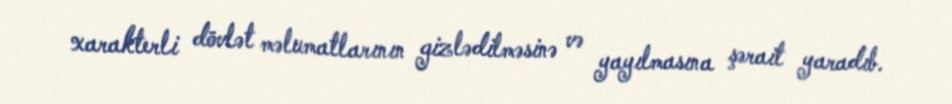
xarakterli dövlət məlumatlarının gizlədilməsinə və yayılmasına şərait yaradıb.